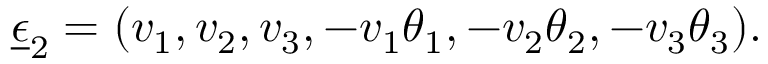
\underline { { { \epsilon } } } _ { 2 } = ( v _ { 1 } , v _ { 2 } , v _ { 3 } , - v _ { 1 } \theta _ { 1 } , - v _ { 2 } \theta _ { 2 } , - v _ { 3 } \theta _ { 3 } ) .